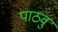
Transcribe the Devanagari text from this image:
पाठवु